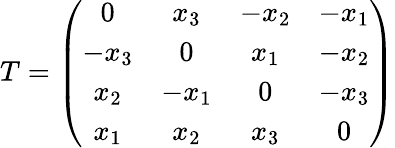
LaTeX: T=\left(\begin{array}{cccc}{{0}}&{{x_{3}}}&{{-x_{2}}}&{{-x_{1}}}\\ {{-x_{3}}}&{{0}}&{{x_{1}}}&{{-x_{2}}}\\ {{x_{2}}}&{{-x_{1}}}&{{0}}&{{-x_{3}}}\\ {{x_{1}}}&{{x_{2}}}&{{x_{3}}}&{{0}}\end{array}\right)